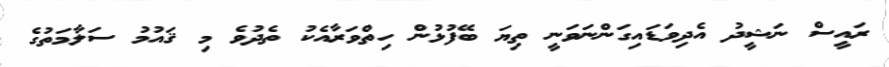
ރައީސް ނަޝީދު އެދިވަޑައިގަންނަވަނީ ތިޔަ ބޭފުޅުން ހިތްވަރާއެކު ތެދުވެ މި ޤައުމު ސަލާމަތުގެ